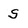
Character: S